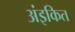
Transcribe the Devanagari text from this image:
अंइकित